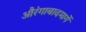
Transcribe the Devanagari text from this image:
औरंगाबादमार्गे